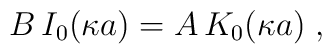
B \,  I_{0} (\kappa a)= A \, K_{0}(\kappa a)\;  ,